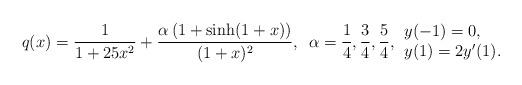
LaTeX: \begin{align*}q(x) = \frac{1}{1+25x^2} + \frac{\alpha \left(1 + \sinh(1+x)\right)}{(1+x)^2}, \,\,\, \alpha=\frac{1}4,\frac{3}4,\frac{5}4,\begin{array}{l} y(-1)=0,\\ y(1) = 2y'(1). \end{array}\end{align*}